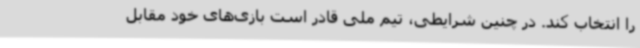
را انتخاب کند. در چنین شرایطی، تیم ملی قادر است بازی‌های خود مقابل